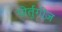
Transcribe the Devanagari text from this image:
पोर्तुगीज़